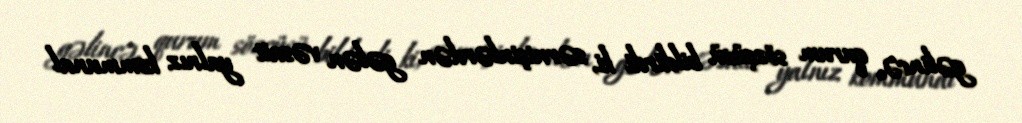
gəlincə, qurum sözçüsü bildirdi ki, sərnişinlərdən gələn vəsait yalnız kommunal